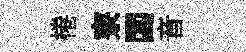
棬寮閟音